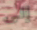
إلى